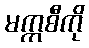
မက္ကစီကို